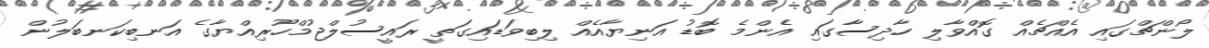
ލޯންޗްގައި އެއްޗެއް ގޮއްވާލި ހާދިސާގައި އެންމެ ބޮޑު އަނިޔާއެއް ލިބިވަޑައިގަތީ ރައީސުލްޖުމްހޫރިއްޔާގެ އަނބިކަނބަލުން